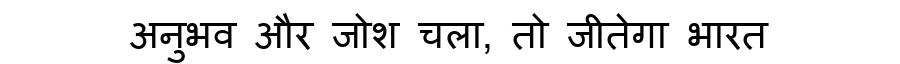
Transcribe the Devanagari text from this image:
अनुभव और जोश चला, तो जीतेगा भारत